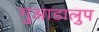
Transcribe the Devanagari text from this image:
गुआडालुप